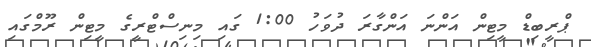
ޕްރީބިޑް މީޓިން އަންނަ އަންގާރަ ދުވަހު 1:00 ގައި މިނިސްޓްރީގެ މީޓިން ރޫމްގައި